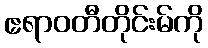
ဧရာဝတီတိုင်းမ်ကို